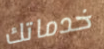
خدماتك